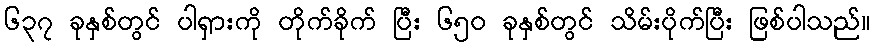
၆၃၇ ခုနှစ်တွင် ပါရှားကို တိုက်ခိုက် ပြီး ၆၅၀ ခုနှစ်တွင် သိမ်းပိုက်ပြီး ဖြစ်ပါသည်။